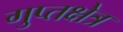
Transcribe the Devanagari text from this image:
गुप्तक्षेत्र